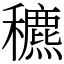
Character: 穮